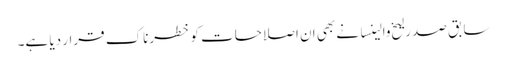
سابق صدر لیخ والینسا نے بھی ان اصلاحات کو خطرناک قرار دیا ہے۔